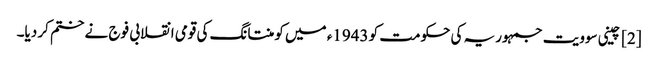
[2] چینی سوویت جمہوریہ کی حکومت کو 1943ء میں کومنتانگ کی قومی انقلابی فوج نے ختم کر دیا۔